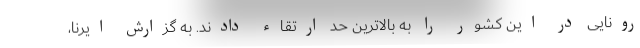
رونایی در این کشور را به بالاترین حد ارتقاء دادند. به گزارش ایرنا،